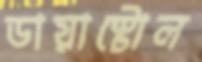
ডায়াস্টোল